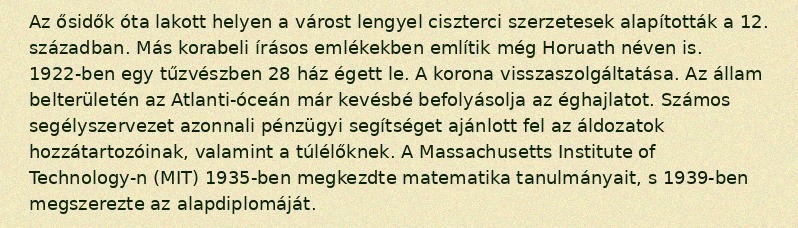
Az ősidők óta lakott helyen a várost lengyel ciszterci szerzetesek alapították a 12. században. Más korabeli írásos emlékekben említik még Horuath néven is. 1922-ben egy tűzvészben 28 ház égett le. A korona visszaszolgáltatása. Az állam belterületén az Atlanti-óceán már kevésbé befolyásolja az éghajlatot. Számos segélyszervezet azonnali pénzügyi segítséget ajánlott fel az áldozatok hozzátartozóinak, valamint a túlélőknek. A Massachusetts Institute of Technology-n (MIT) 1935-ben megkezdte matematika tanulmányait, s 1939-ben megszerezte az alapdiplomáját.